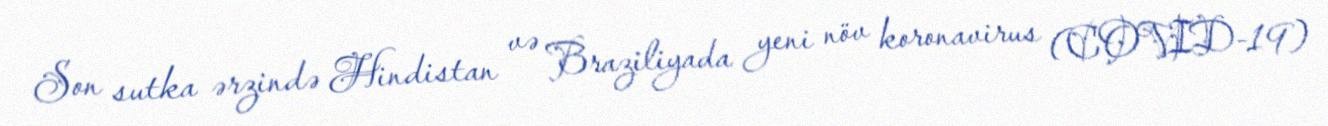
Son sutka ərzində Hindistan və Braziliyada yeni növ koronavirus (COVID-19)